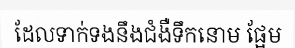
ដែលទាក់ទងនឹងជំងឺទឹកនោម ផ្អែម